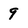
Character: 9